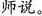
师说。